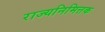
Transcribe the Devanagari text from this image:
राज्यनिमित्तक